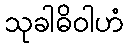
သုခါဓိဝါဟံ